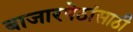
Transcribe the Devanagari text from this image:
बाजारपेठांसाठी